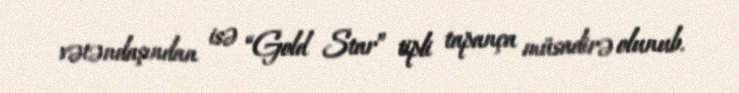
vətəndaşından isə “Gold Star” tipli tapança müsadirə olunub.